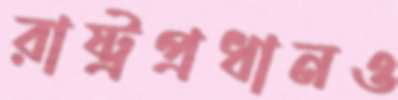
রাষ্ট্রপ্রধানও